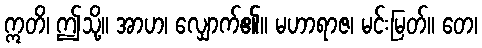
ဣတိ၊ ဤသို့။ အာဟ၊ လျှောက်၏။ မဟာရာဇ၊ မင်းမြတ်။ တေ၊